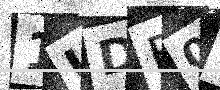
Text: 1UDF0D